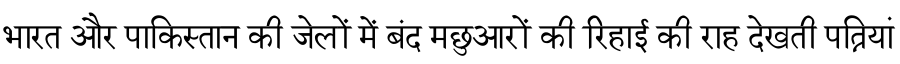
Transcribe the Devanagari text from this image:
भारत और पाकिस्तान की जेलों में बंद मछुआरों की रिहाई की राह देखती पत्नियां